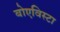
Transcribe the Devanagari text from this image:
बोएविस्टा